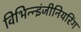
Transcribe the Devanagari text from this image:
विभिन्‍न्‍इंजीनियरिंग